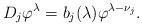
LaTeX: \begin{align*}D_{j}\varphi^{\lambda}=b_{j}(\lambda)\varphi^{\lambda-\nu_{j}}.\end{align*}